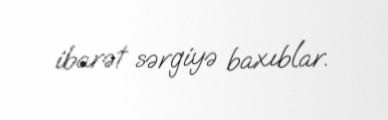
ibarət sərgiyə baxıblar.